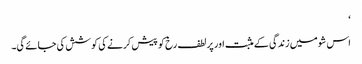
‘
اس شو میں زندگی کے مثبت اور پر لطف رخ کو پیش کرنے کی کوشش کی جائے گی۔